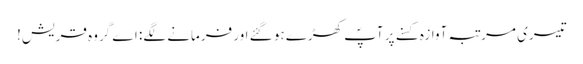
تیسری مرتبہ آوازہ کسنے پر آپؐ کھڑے ہو گئے اور فرمانے لگے: اے گروہ قریش!